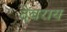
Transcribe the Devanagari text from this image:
देबराय